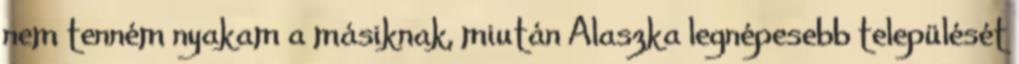
nem tenném nyakam a másiknak, miután Alaszka legnépesebb települését